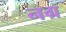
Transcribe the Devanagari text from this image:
नग्र